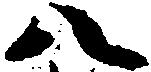
八